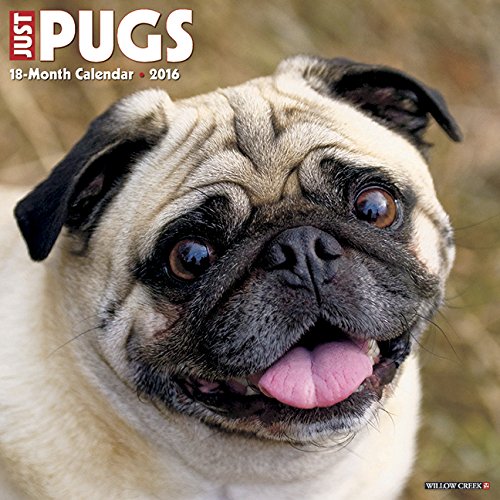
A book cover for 2016 Just Pugs Wall Calendar; Willow Creek Press; Calendars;